Indian journal of veterinary science and animal husbandry - Volume 10,
Year: 1940
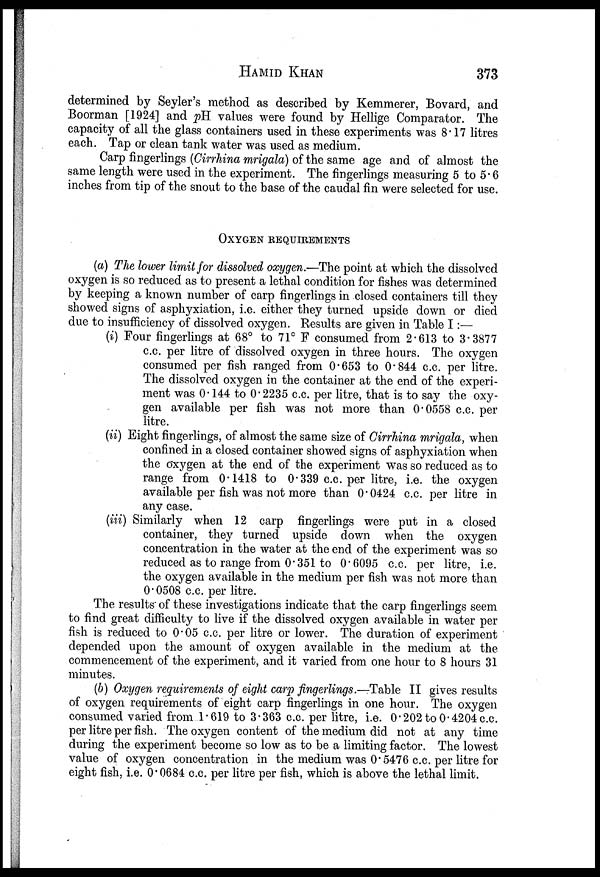
HAMID
KHAN
373
determined by Seyler's method as described by Kemmerer, Bovard, and
Boorman [1924] and pH values were found by Hellige Comparator. The
capacity of all the glass containers used in these experiments was 8.17 litres
each. Tap or clean tank water was used as medium.
Carp fingerlings (Cirrhina mrigala) of the same age and of almost the
same length were used in the experiment. The fingerlings measuring 5 to 5.6
inches from tip of the snout to the base of the caudal fin were selected for use.
OXYGEN REQUIREMENTS
(a) The lower limit for dissolved oxygen.—The point at which the dissolved
oxygen is so reduced as to present a lethal condition for fishes was determined
by keeping a known number of carp fingerlings in closed containers till they
showed signs of asphyxiation, i.e. either they turned upside down or died
due to insufficiency of dissolved oxygen. Results are given in Table I:—
(i) Four fingerlings at 68° to 71° F consumed from 2.613 to 3.3877
c.c. per litre of dissolved oxygen in three hours. The oxygen
consumed per fish ranged from 0.653 to 0.844 c.c. per litre.
The dissolved oxygen in the container at the end of the experi-
ment was 0.144 to 0.2235 c.c. per litre, that is to say the oxy-
gen available per fish was not more than 0.0558 c.c. per
litre.
(ii) Eight fingerlings, of almost the same size of Cirrhina mrigala, when
confined in a closed container showed signs of asphyxiation when
the oxygen at the end of the experiment was so reduced as to
range from 0.1418 to 0.339 c.c. per litre, i.e. the oxygen
available per fish was not more than 0.0424 c.c. per litre in
any case.
(iii) Similarly when 12 carp fingerlings were put in a closed
container, they turned upside down when the oxygen
concentration in the water at the end of the experiment was so
reduced as to range from 0.351 to 0.6095 c.c. per litre, i.e.
the oxygen available in the medium per fish was not more than
0.0508 c.c. per litre.
The results of these investigations indicate that the carp fingerlings seem
to find great difficulty to live if the dissolved oxygen available in water per
fish is reduced to 0.05 c.c. per litre or lower. The duration of experiment
depended upon the amount of oxygen available in the medium at the
commencement of the experiment, and it varied from one hour to 8 hours 31
minutes.
(b) Oxygen requirements of eight carp fingerlings.—Table II gives results
of oxygen requirements of eight carp fingerlings in one hour. The oxygen
consumed varied from 1.619 to 3.363 c.c. per litre, i.e. 0.202 to 0.4204 c.c.
per litre per fish. The oxygen content of the medium did not at any time
during the experiment become so low as to be a limiting factor. The lowest
value of oxygen concentration in the medium was 0.5476 c.c. per litre for
eight fish, i.e. 0.0684 c.c. per litre per fish, which is above the lethal limit.